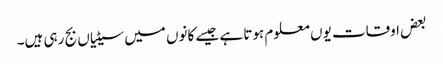
بعض اوقات یوں معلوم ہوتا ہے جیسے کانوں میں سیٹیاں بج رہی ہیں۔